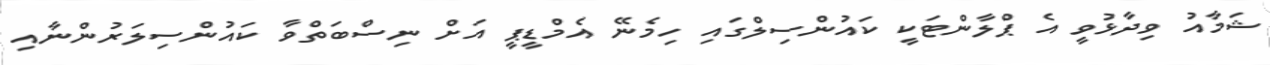
ޝަމާއު ވިދާޅުވީ އެ ޕްލާންޓަކީ ކައުންސިލްގައި ހިމެނޭ އެމްޑީޕީ އަށް ނިސްބަތްވާ ކައުންސިލަރުންނާއި